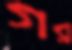
গর